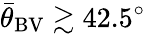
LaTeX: {\bar{\theta}}_{\mathrm{BV}}\gtrsim 42.5^{\circ}